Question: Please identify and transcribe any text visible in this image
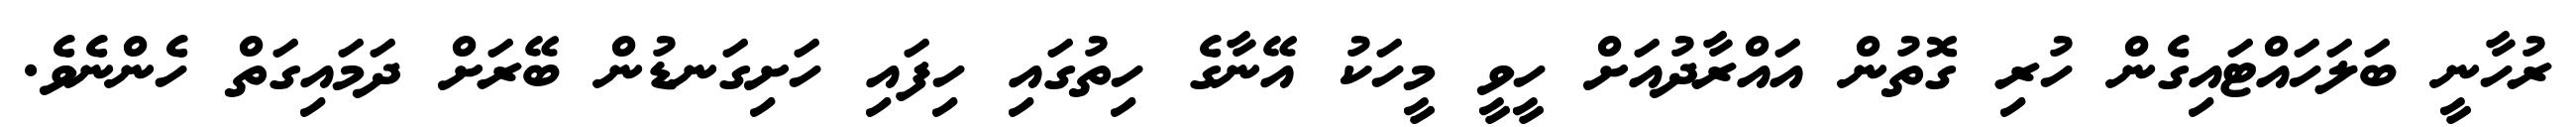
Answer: ރުހާނީ ބަލަހައްޓައިގެން ހުރި ގޮތުން އައްރާދުއަށް ހީވީ މީހަކު އޭނާގެ ހިތުގައި ހިފައި ހަށިގަނޑުން ބޭރަށް ދަމައިގަތް ހެންނެވެ.